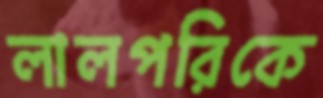
লালপরিকে